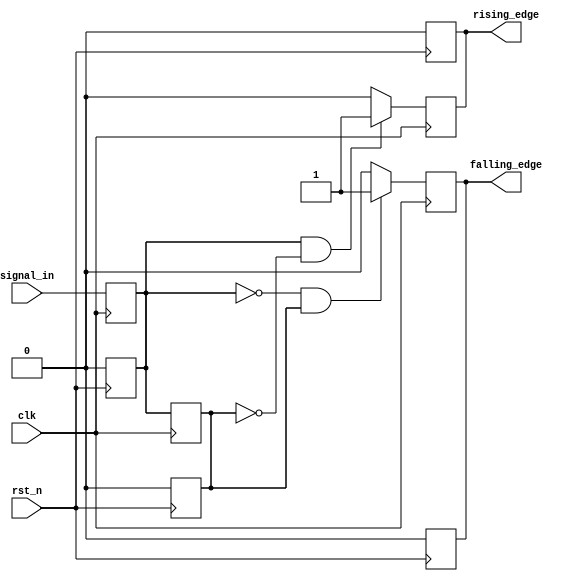
module glitch_free_edge_detector (
    input wire clk,              // Clock signal
    input wire rst_n,            // Asynchronous reset (active low)
    input wire signal_in,        // Input signal to detect edges
    output reg rising_edge,      // Output for rising edge detection
    output reg falling_edge      // Output for falling edge detection
);

    reg current_state;           // Holds the current state of signal_in
    reg prev_state;              // Holds the previous state of signal_in

    // Asynchronous reset for initializing the states
    always @(negedge rst_n) begin // Active low reset
        current_state <= 1'b0;
        prev_state <= 1'b0;
        rising_edge <= 1'b0;
        falling_edge <= 1'b0;
    end

    // Always block for state updates and edge detection
    always @(posedge clk) begin
        // Update the previous state with current state
        prev_state <= current_state;

        // Update the current state with input signal
        current_state <= signal_in;

        // Detect rising edge
        if (current_state == 1'b1 && prev_state == 1'b0) begin
            rising_edge <= 1'b1;   // Set rising_edge pulse
        end else begin
            rising_edge <= 1'b0;   // Clear rising_edge pulse
        end

        // Detect falling edge
        if (current_state == 1'b0 && prev_state == 1'b1) begin
            falling_edge <= 1'b1;   // Set falling_edge pulse
        end else begin
            falling_edge <= 1'b0;   // Clear falling_edge pulse
        end
    end

endmodule